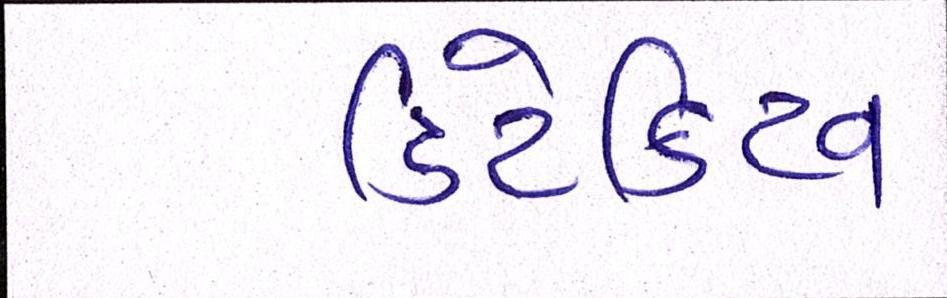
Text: ડિટેક્ટિવ